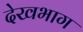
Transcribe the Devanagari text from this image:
देखभाग